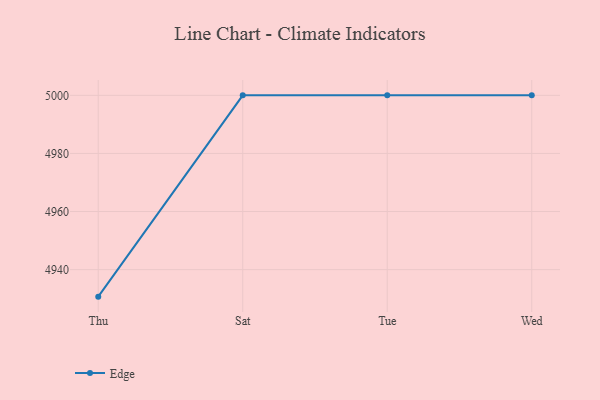
{"axis": {"x": "Day", "y": "Production Output"}, "legend": ["Edge"], "data": [{"x": "Thu", "y": 4930.7, "type": "Edge"}, {"x": "Sat", "y": 5000, "type": "Edge"}, {"x": "Tue", "y": 5000, "type": "Edge"}, {"x": "Wed", "y": 5000, "type": "Edge"}]}